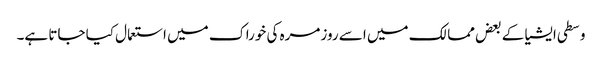
وسطی ایشیا کے بعض ممالک میں اسے روزمرہ کی خوراک میں استعمال کیا جاتا ہے۔